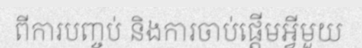
ពីការបញ្ចប់ និងការចាប់ផ្តើមអ្វីមួយ